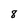
Character: 8